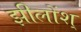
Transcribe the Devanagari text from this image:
झीलोंश्